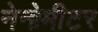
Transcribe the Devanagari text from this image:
नेनोमीटर